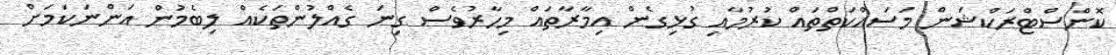
ކޮންސްޓްރަކްޝަން މަސައްކަތްތައް ކުރުމާއި ގުޅިގެން އިމާރާތައް މިހާރުވެސް ގިނަ ގެއްލުންތަކެއް ލިބެމުން އަންނަކަމަށް